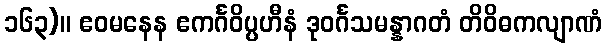
၁၆၃)။ ဧဝမနေန ဧကင်္ဂဝိပ္ပဟီနံ ဒုဝင်္ဂသမန္နာဂတံ တိဝိဓကလျာဏံ